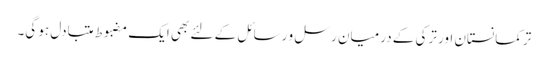
ترکمانستان اور ترکی کے درمیان رسل و رسائل کے لئے بھی ایک مضبوط متبادل ہو گی۔